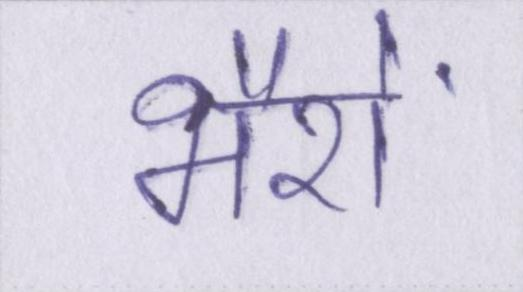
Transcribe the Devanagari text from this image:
भैरों